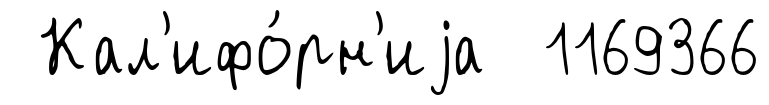
Кал'ифо́рн'иjа 1169366